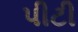
પીટી